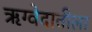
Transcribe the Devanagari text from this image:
ऋग्वेदातीला